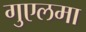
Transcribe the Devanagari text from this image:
गुएलमा